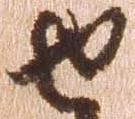
せ